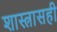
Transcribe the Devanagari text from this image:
शास्त्रासही